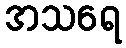
အသရေ